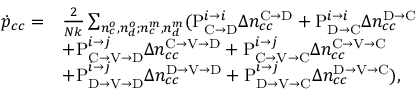
\begin{array} { r l } { \dot { p } _ { c c } = } & { \frac { 2 } { N k } \sum _ { n _ { c } ^ { o } , n _ { d } ^ { o } ; n _ { c } ^ { m } , n _ { d } ^ { m } } ( \mathrm { P } _ { \mathrm { C } \rightarrow \mathrm { D } } ^ { i \rightarrow i } \Delta n _ { c c } ^ { \mathrm { C } \rightarrow \mathrm { D } } + \mathrm { P } _ { \mathrm { D } \rightarrow \mathrm { C } } ^ { i \rightarrow i } \Delta n _ { c c } ^ { \mathrm { D } \rightarrow \mathrm { C } } } \\ & { + \mathrm { P } _ { \mathrm { C } \rightarrow \mathrm { V } \rightarrow \mathrm { D } } ^ { i \rightarrow j } \Delta n _ { c c } ^ { \mathrm { C } \rightarrow \mathrm { V } \rightarrow \mathrm { D } } + \mathrm { P } _ { \mathrm { C } \rightarrow \mathrm { V } \rightarrow \mathrm { C } } ^ { i \rightarrow j } \Delta n _ { c c } ^ { \mathrm { C } \rightarrow \mathrm { V } \rightarrow \mathrm { C } } } \\ & { + \mathrm { P } _ { \mathrm { D } \rightarrow \mathrm { V } \rightarrow \mathrm { D } } ^ { i \rightarrow j } \Delta n _ { c c } ^ { \mathrm { D } \rightarrow \mathrm { V } \rightarrow \mathrm { D } } + \mathrm { P } _ { \mathrm { D } \rightarrow \mathrm { V } \rightarrow \mathrm { C } } ^ { i \rightarrow j } \Delta n _ { c c } ^ { \mathrm { D } \rightarrow \mathrm { V } \rightarrow \mathrm { C } } ) , } \end{array}